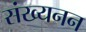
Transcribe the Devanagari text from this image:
संख्यनन